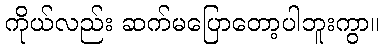
ကိုယ်လည်း ဆက်မပြောတော့ပါဘူးကွာ။